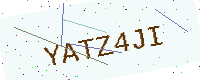
Text: YATZ4JI